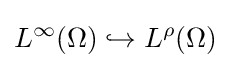
L^{\infty }(\Omega )\hookrightarrow L^{\rho }(\Omega )